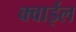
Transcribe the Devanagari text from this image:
क्वाईल